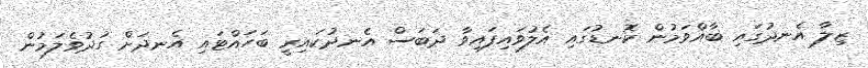
ޒިލާ އެނދުގައި ބާއްވަމުން ކޮނޑުގައި އެލުވައިފައިވާ ދަބަސް އެނދުކައިރީ ބަހައްޓައި އެނދަށް ގުދުވެލަމުން